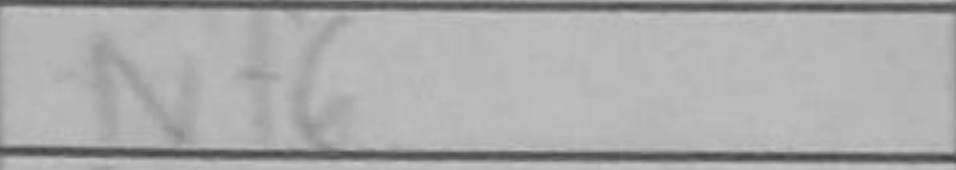
Transcription: Nf6